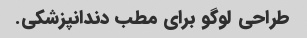
طراحی لوگو برای مطب دندانپزشکی.